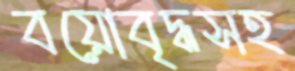
বয়োবৃদ্ধসহ